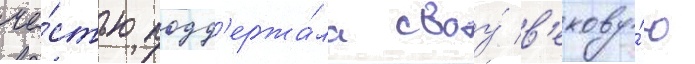
че́стью подд'ержа́ла своу́ в'екову́ю